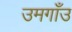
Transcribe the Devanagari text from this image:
उमगाँउ